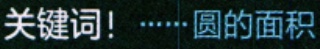
关键词！······圆的面积